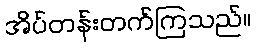
အိပ်တန်းတက်ကြသည်။